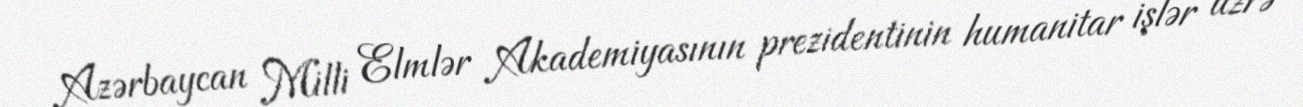
Azərbaycan Milli Elmlər Akademiyasının prezidentinin humanitar işlər üzrə